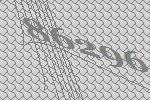
86296